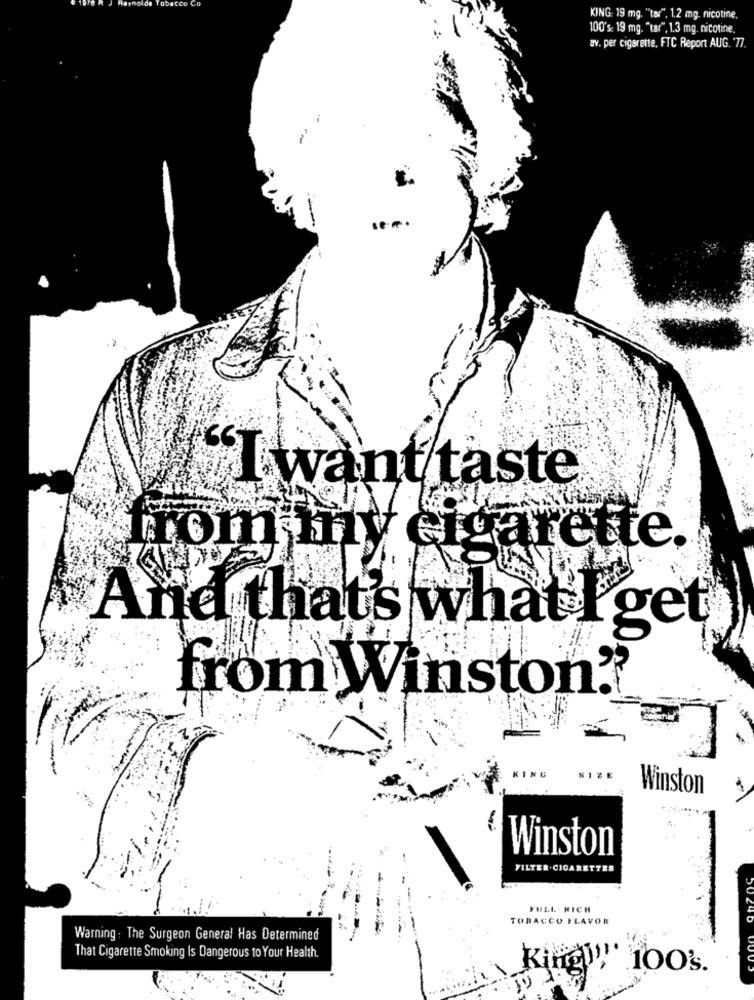
KING: 19 mg. "tar". 1.2 mg. nicotine,
100's: 19 mg. "tar", 1.3 mg. nicotine.
av. per cigarette, FTC Report AUG. '77.
I want taste
from iny cigare te.
And that's what I get
from Winston.
SIZE
Winston
Winston
FILTER. CIGARETTES
FULL - RICH
TOBACCO FLAVOR
Warning : The Surgeon General Has Determined
That Cigarette Smoking Is Dangerous to Your Health.
KingWy, 100's.